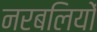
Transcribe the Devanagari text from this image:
नरबलियों